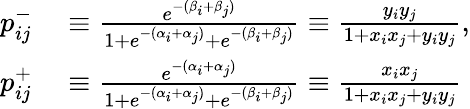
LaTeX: \begin{array}{rl}{p_{ij}^{-}}&{{}\equiv\frac{e^{-(\beta_{i}+\beta_{j})}}{1+e^{-(\alpha_{i}+\alpha_{j})}+e^{-(\beta_{i}+\beta_{j})}}\equiv\frac{y_{i}y_{j}}{1+x_{i}x_{j}+y_{i}y_{j}},}\\ {p_{ij}^{+}}&{{}\equiv\frac{e^{-(\alpha_{i}+\alpha_{j})}}{1+e^{-(\alpha_{i}+\alpha_{j})}+e^{-(\beta_{i}+\beta_{j})}}\equiv\frac{x_{i}x_{j}}{1+x_{i}x_{j}+y_{i}y_{j}}}\end{array}